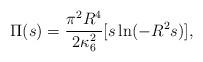
LaTeX: \begin{align*}\Pi(s) = \frac{\pi^2 R^4}{2 \kappa_6^2} [s \ln(- R^2 s)],\end{align*}